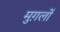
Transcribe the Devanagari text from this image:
मुग़लोँ